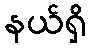
နယ်ရှိ